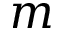
m